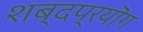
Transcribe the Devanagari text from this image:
शब्दप्रयॊग